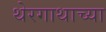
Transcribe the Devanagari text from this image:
थेरगाथाच्या